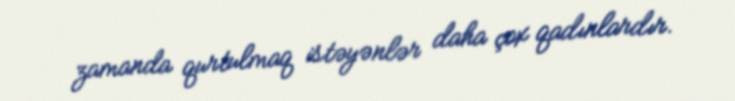
zamanda qurtulmaq istəyənlər daha çox qadınlardır.